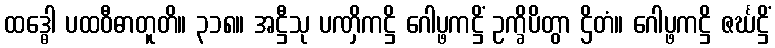
ထဒ္ဓေါ ပထဝီဓာတူတိ။ ၃၁၈။ အဋ္ဌီသု ပဏှိကဋ္ဌိ ဂေါပ္ဖကဋ္ဌိံ ဥက္ခိပိတွာ ဌိတံ။ ဂေါပ္ဖကဋ္ဌိ ဇင်္ဃဋ္ဌိံ